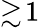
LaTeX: \gtrsim\! 1